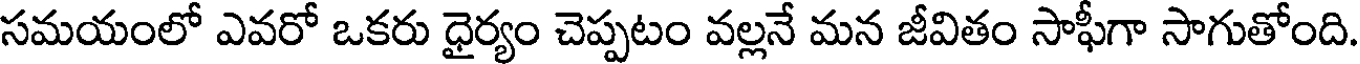
సమయంలో ఎవరో ఒకరు ధైర్యం చెప్పటం వల్లనే మన జీవితం సాఫీగా సాగుతోంది